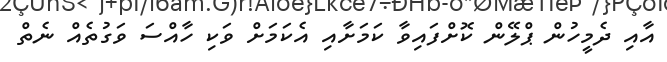
އާއި ދެމީހުން ޕްލޭން ކޮށްފައިވާ ކަމަށާއި އެކަމަށް ވަކި ހާއްސަ ވަގުތެއް ނެތް